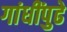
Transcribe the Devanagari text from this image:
गांधींपुढे